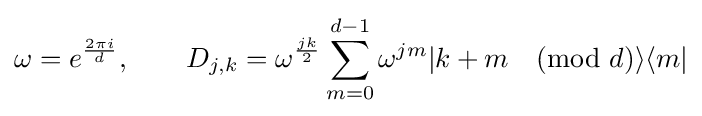
\displaystyle \omega =e^{\frac {2\pi i}{d}},\quad \quad D_{j,k}=\omega ^{\frac {jk}{2}}\sum _{m=0}^{d-1}\omega ^{jm}|k+m{\pmod {d}}\rangle \langle m|